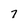
Character: 7